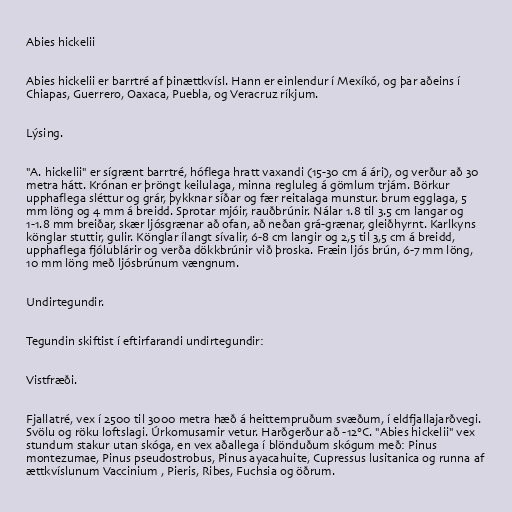
Abies hickelii

Abies hickelii er barrtré af þinættkvísl. Hann er einlendur í Mexíkó, og þar aðeins í
Chiapas, Guerrero, Oaxaca, Puebla, og Veracruz ríkjum.

Lýsing.

"A. hickelii" er sígrænt barrtré, hóflega hratt vaxandi (15-30 cm á ári), og verður að 30
metra hátt. Krónan er þröngt keilulaga, minna regluleg á gömlum trjám. Börkur
upphaflega sléttur og grár, þykknar síðar og fær reitalaga munstur. brum egglaga, 5
mm löng og 4 mm á breidd. Sprotar mjóir, rauðbrúnir. Nálar 1.8 til 3.5 cm langar og
1-1.8 mm breiðar, skær ljósgrænar að ofan, að neðan grá-grænar, gleiðhyrnt. Karlkyns
könglar stuttir, gulir. Könglar ílangt sívalir, 6-8 cm langir og 2,5 til 3,5 cm á breidd,
upphaflega fjólublárir og verða dökkbrúnir við þroska. Fræin ljós brún, 6-7 mm löng,
10 mm löng með ljósbrúnum vængnum.

Undirtegundir.

Tegundin skiftist í eftirfarandi undirtegundir:

Vistfræði.

Fjallatré, vex í 2500 til 3000 metra hæð á heittempruðum svæðum, í eldfjallajarðvegi.
Svölu og röku loftslagi. Úrkomusamir vetur. Harðgerður að -12°C. "Abies hickelii" vex
stundum stakur utan skóga, en vex aðallega í blönduðum skógum með: Pinus
montezumae, Pinus pseudostrobus, Pinus ayacahuite, Cupressus lusitanica og runna af
ættkvíslunum Vaccinium , Pieris, Ribes, Fuchsia og öðrum.